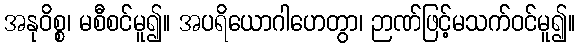
အနုဝိစ္စ၊ မစီစင်မူ၍။ အပရိယောဂါဟေတွာ၊ ဉာဏ်ဖြင့်မသက်ဝင်မူ၍။